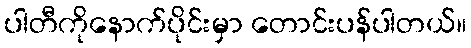
ပါတီကိုနောက်ပိုင်းမှာ တောင်းပန်ပါတယ်။